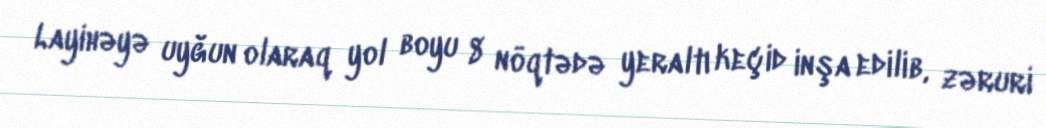
Layihəyə uyğun olaraq yol boyu 8 nöqtədə yeraltı keçid inşa edilib, zəruri